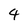
Character: 4